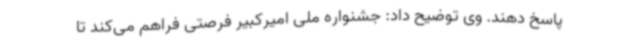
پاسخ دهند. وی توضیح داد: جشنواره ملی امیرکبیر فرصتی فراهم می‌کند تا